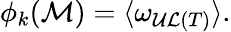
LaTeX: \phi_{k}({\cal M})=\langle\omega_{{\cal UL}(T)}\rangle\mathrm{.}